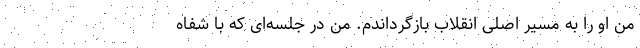
من او را به مسیر اصلی انقلاب بازگرداندم. من در جلسه‌ای که با شفاه